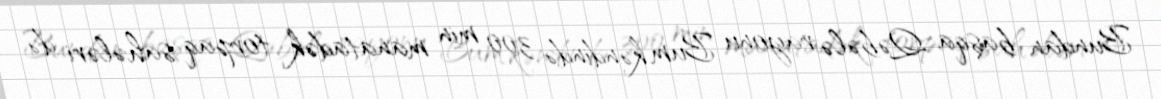
Bundan başqa Qəbələ rayonu Bum kəndində 300 min manatadək torpaq sahələri də